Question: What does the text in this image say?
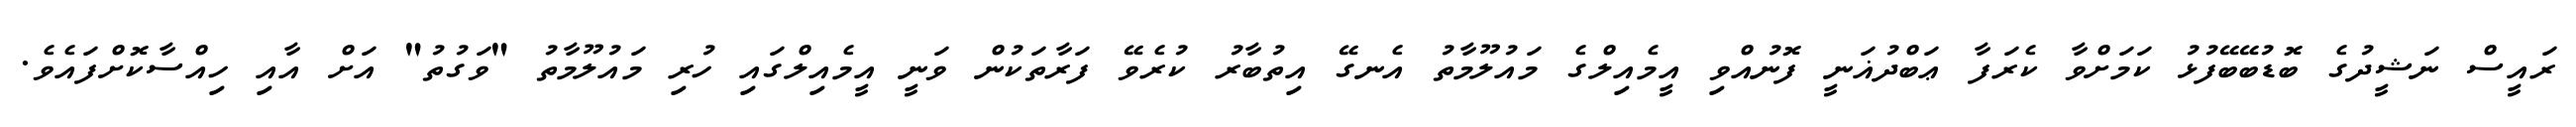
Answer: ރައީސް ނަޝީދުގެ ބޮޑުބޭބޭފުޅު ކަމަށްވާ ކެރަފާ ޢަބްދުޣަނީ ފޮނުއްވި އީމެއިލްގެ މައުލޫމާތު އެނގޭ އިތުބާރު ކުރެވޭ ފަރާތަކުން ވަނީ އީމެއިލްގައި ހުރި މައުލޫމާތު "ވަގުތު" އަށް އާއި ހިއްސާކޮށްފައެވެ.